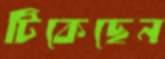
টিকেছেন